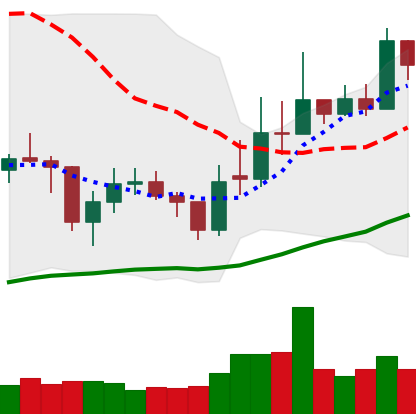
Ticker: EOS-USD
Chart end date: 2021-02-06
Forward return: 42.926%
Label: up_7plus